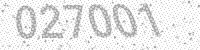
Solution: 027001